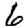
Digit: 6